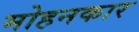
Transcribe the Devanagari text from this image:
मोहनकार